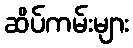
ဆိပ်ကမ်းများ